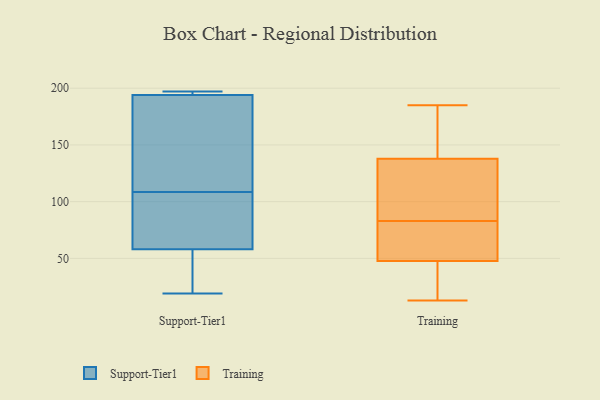
{"axis": {"x": "Headcount", "y": "Value"}, "legend": ["Support-Tier1", "Training"], "data": [{"x": "", "y": 58, "type": "Support-Tier1"}, {"x": "", "y": 71, "type": "Support-Tier1"}, {"x": "", "y": 194, "type": "Support-Tier1"}, {"x": "", "y": 166, "type": "Support-Tier1"}, {"x": "", "y": 139, "type": "Support-Tier1"}, {"x": "", "y": 78, "type": "Support-Tier1"}, {"x": "", "y": 19, "type": "Support-Tier1"}, {"x": "", "y": 197, "type": "Support-Tier1"}, {"x": "", "y": 22, "type": "Support-Tier1"}, {"x": "", "y": 197, "type": "Support-Tier1"}, {"x": "", "y": 155, "type": "Training"}, {"x": "", "y": 118, "type": "Training"}, {"x": "", "y": 83, "type": "Training"}, {"x": "", "y": 51, "type": "Training"}, {"x": "", "y": 52, "type": "Training"}, {"x": "", "y": 109, "type": "Training"}, {"x": "", "y": 132, "type": "Training"}, {"x": "", "y": 38, "type": "Training"}, {"x": "", "y": 72, "type": "Training"}, {"x": "", "y": 185, "type": "Training"}, {"x": "", "y": 13, "type": "Training"}, {"x": "", "y": 13, "type": "Training"}, {"x": "", "y": 176, "type": "Training"}]}